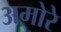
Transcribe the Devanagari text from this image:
अमोरे